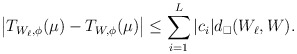
\begin{align*}\big| T_{W_\ell,\phi}(\mu)- T_{W,\phi}(\mu)\big|\le \sum_{i=1}^L|c_i| d_\square(W_\ell,W).\end{align*}